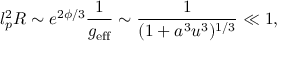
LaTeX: l _ { p } ^ { 2 } R \sim e ^ { 2 \phi / 3 } \frac { 1 } { g _ { \mathrm { e f f } } } \sim \frac { 1 } { ( 1 + a ^ { 3 } u ^ { 3 } ) ^ { 1 / 3 } } \ll 1 ,